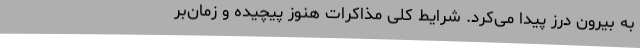
به بیرون درز پیدا می‌کرد. شرایط کلی مذاکرات هنوز پیچیده و زمان‌بر